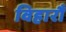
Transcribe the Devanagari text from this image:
विहारौं